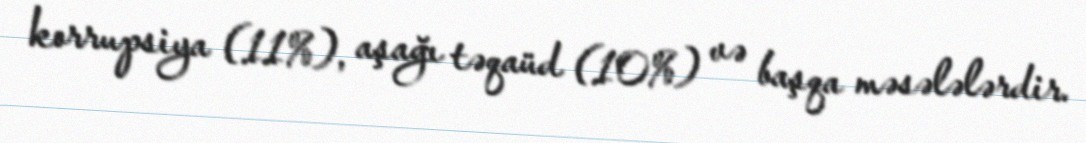
korrupsiya (11%), aşağı təqaüd (10%) və başqa məsələlərdir.